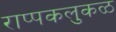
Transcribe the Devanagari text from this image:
राप्पकलुकळ